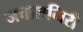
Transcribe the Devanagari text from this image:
जवालगिरी